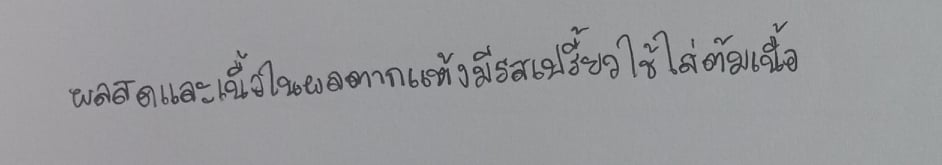
ผลสดและเนื้อในผลตากแห้งมีรสเปรี้ยวใช้ใส่ต้มเนื้อ